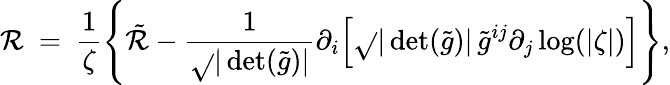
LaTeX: \mathcal{R}\ =\ \frac{{1}}{{\zeta}}\left\{ \tilde{{\mathcal{R}}}-\frac{{1}}{{\sqrt{}{{|\operatorname*{det}(\tilde{{g}})|}}}}\partial_{i}\Big[\sqrt{}{{|\operatorname*{det}(\tilde{{g}})|}}\, \tilde{{g}}^{ij}\partial_{j}\log(|\zeta|)\Big]\right\} ,